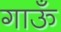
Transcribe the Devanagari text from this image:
गाऊँ